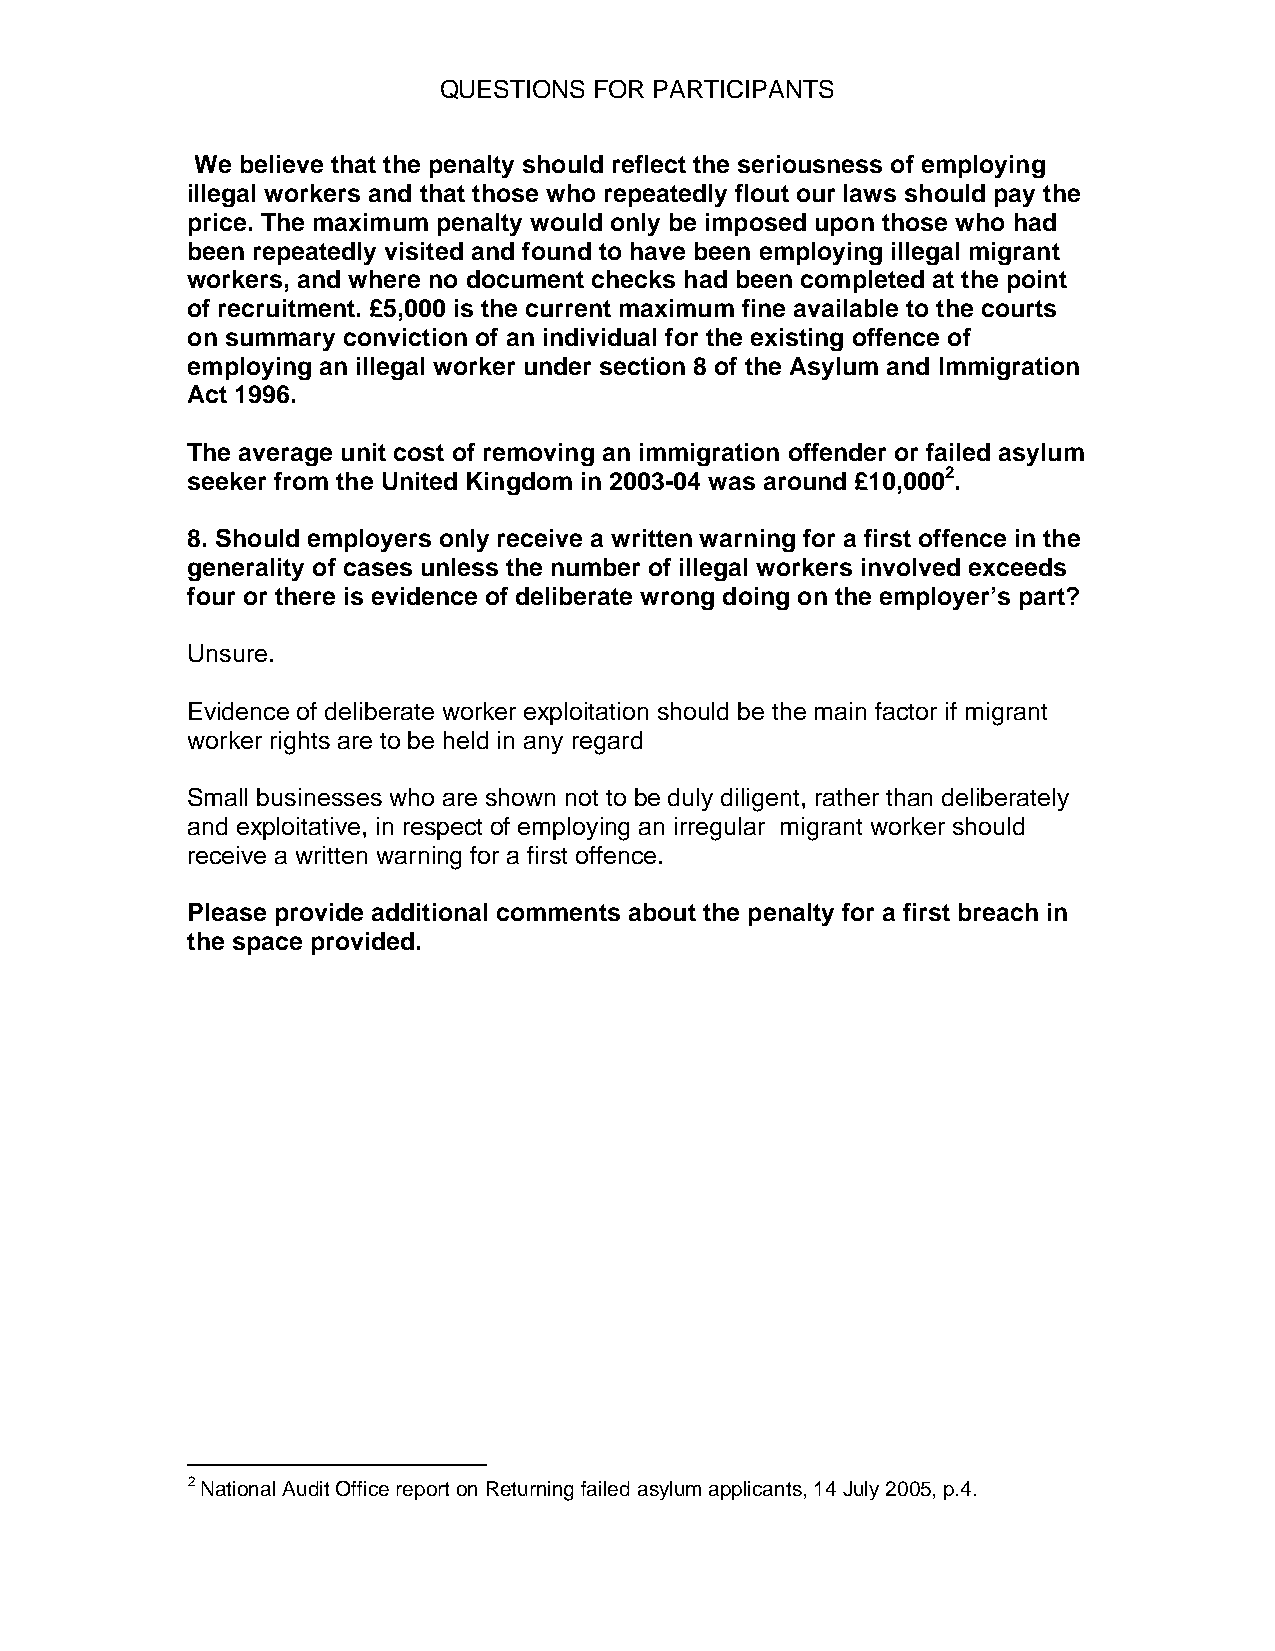
QUESTIONS FOR PARTICIPANTS
 We believe that the penalty should reflect the seriousness of employing
 illegal workers and that those who repeatedly flout our laws should pay the
 price. The maximum penalty would only be imposed upon those who had
 been repeatedly visited and found to have been employing illegal migrant
 workers, and where no document checks had been completed at the point
 of recruitment. £5,000 is the current maximum fine available to the courts
 on summary conviction of an individual for the existing offence of
 employing an illegal worker under section 8 of the Asylum and Immigration
 Act 1996.
 The average unit cost of removing an immigration offender or failed asylum
 seeker from the United Kingdom in 2003-04 was around £10,0002.
 8. Should employers only receive a written warning for a first offence in the
 generality of cases unless the number of illegal workers involved exceeds
 four or there is evidence of deliberate wrong doing on the employer’s part?
 Unsure.
 Evidence of deliberate worker exploitation should be the main factor if migrant
 worker rights are to be held in any regard
 Small businesses who are shown not to be duly diligent, rather than deliberately
 and exploitative, in respect of employing an irregular migrant worker should
 receive a written warning for a first offence.
 Please provide additional comments about the penalty for a first breach in
 the space provided.
 2 National Audit Office report on Returning failed asylum applicants, 14 July 2005, p.4.